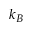
k _ { B }